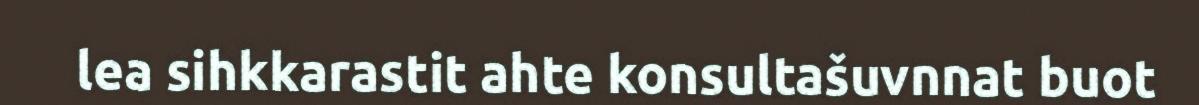
lea sihkkarastit ahte konsultašuvnnat buot